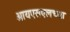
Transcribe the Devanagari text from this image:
आयएसएलच्या